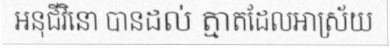
អនុជីវិនោ បានដល់ ត្មាតដែលអាស្រ័យ